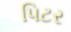
પિટર